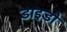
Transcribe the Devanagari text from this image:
डाइडो